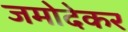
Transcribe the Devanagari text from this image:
जमोदेकर